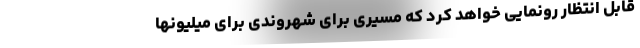
قابل انتظار رونمایی خواهد کرد که مسیری برای شهروندی برای میلیونها